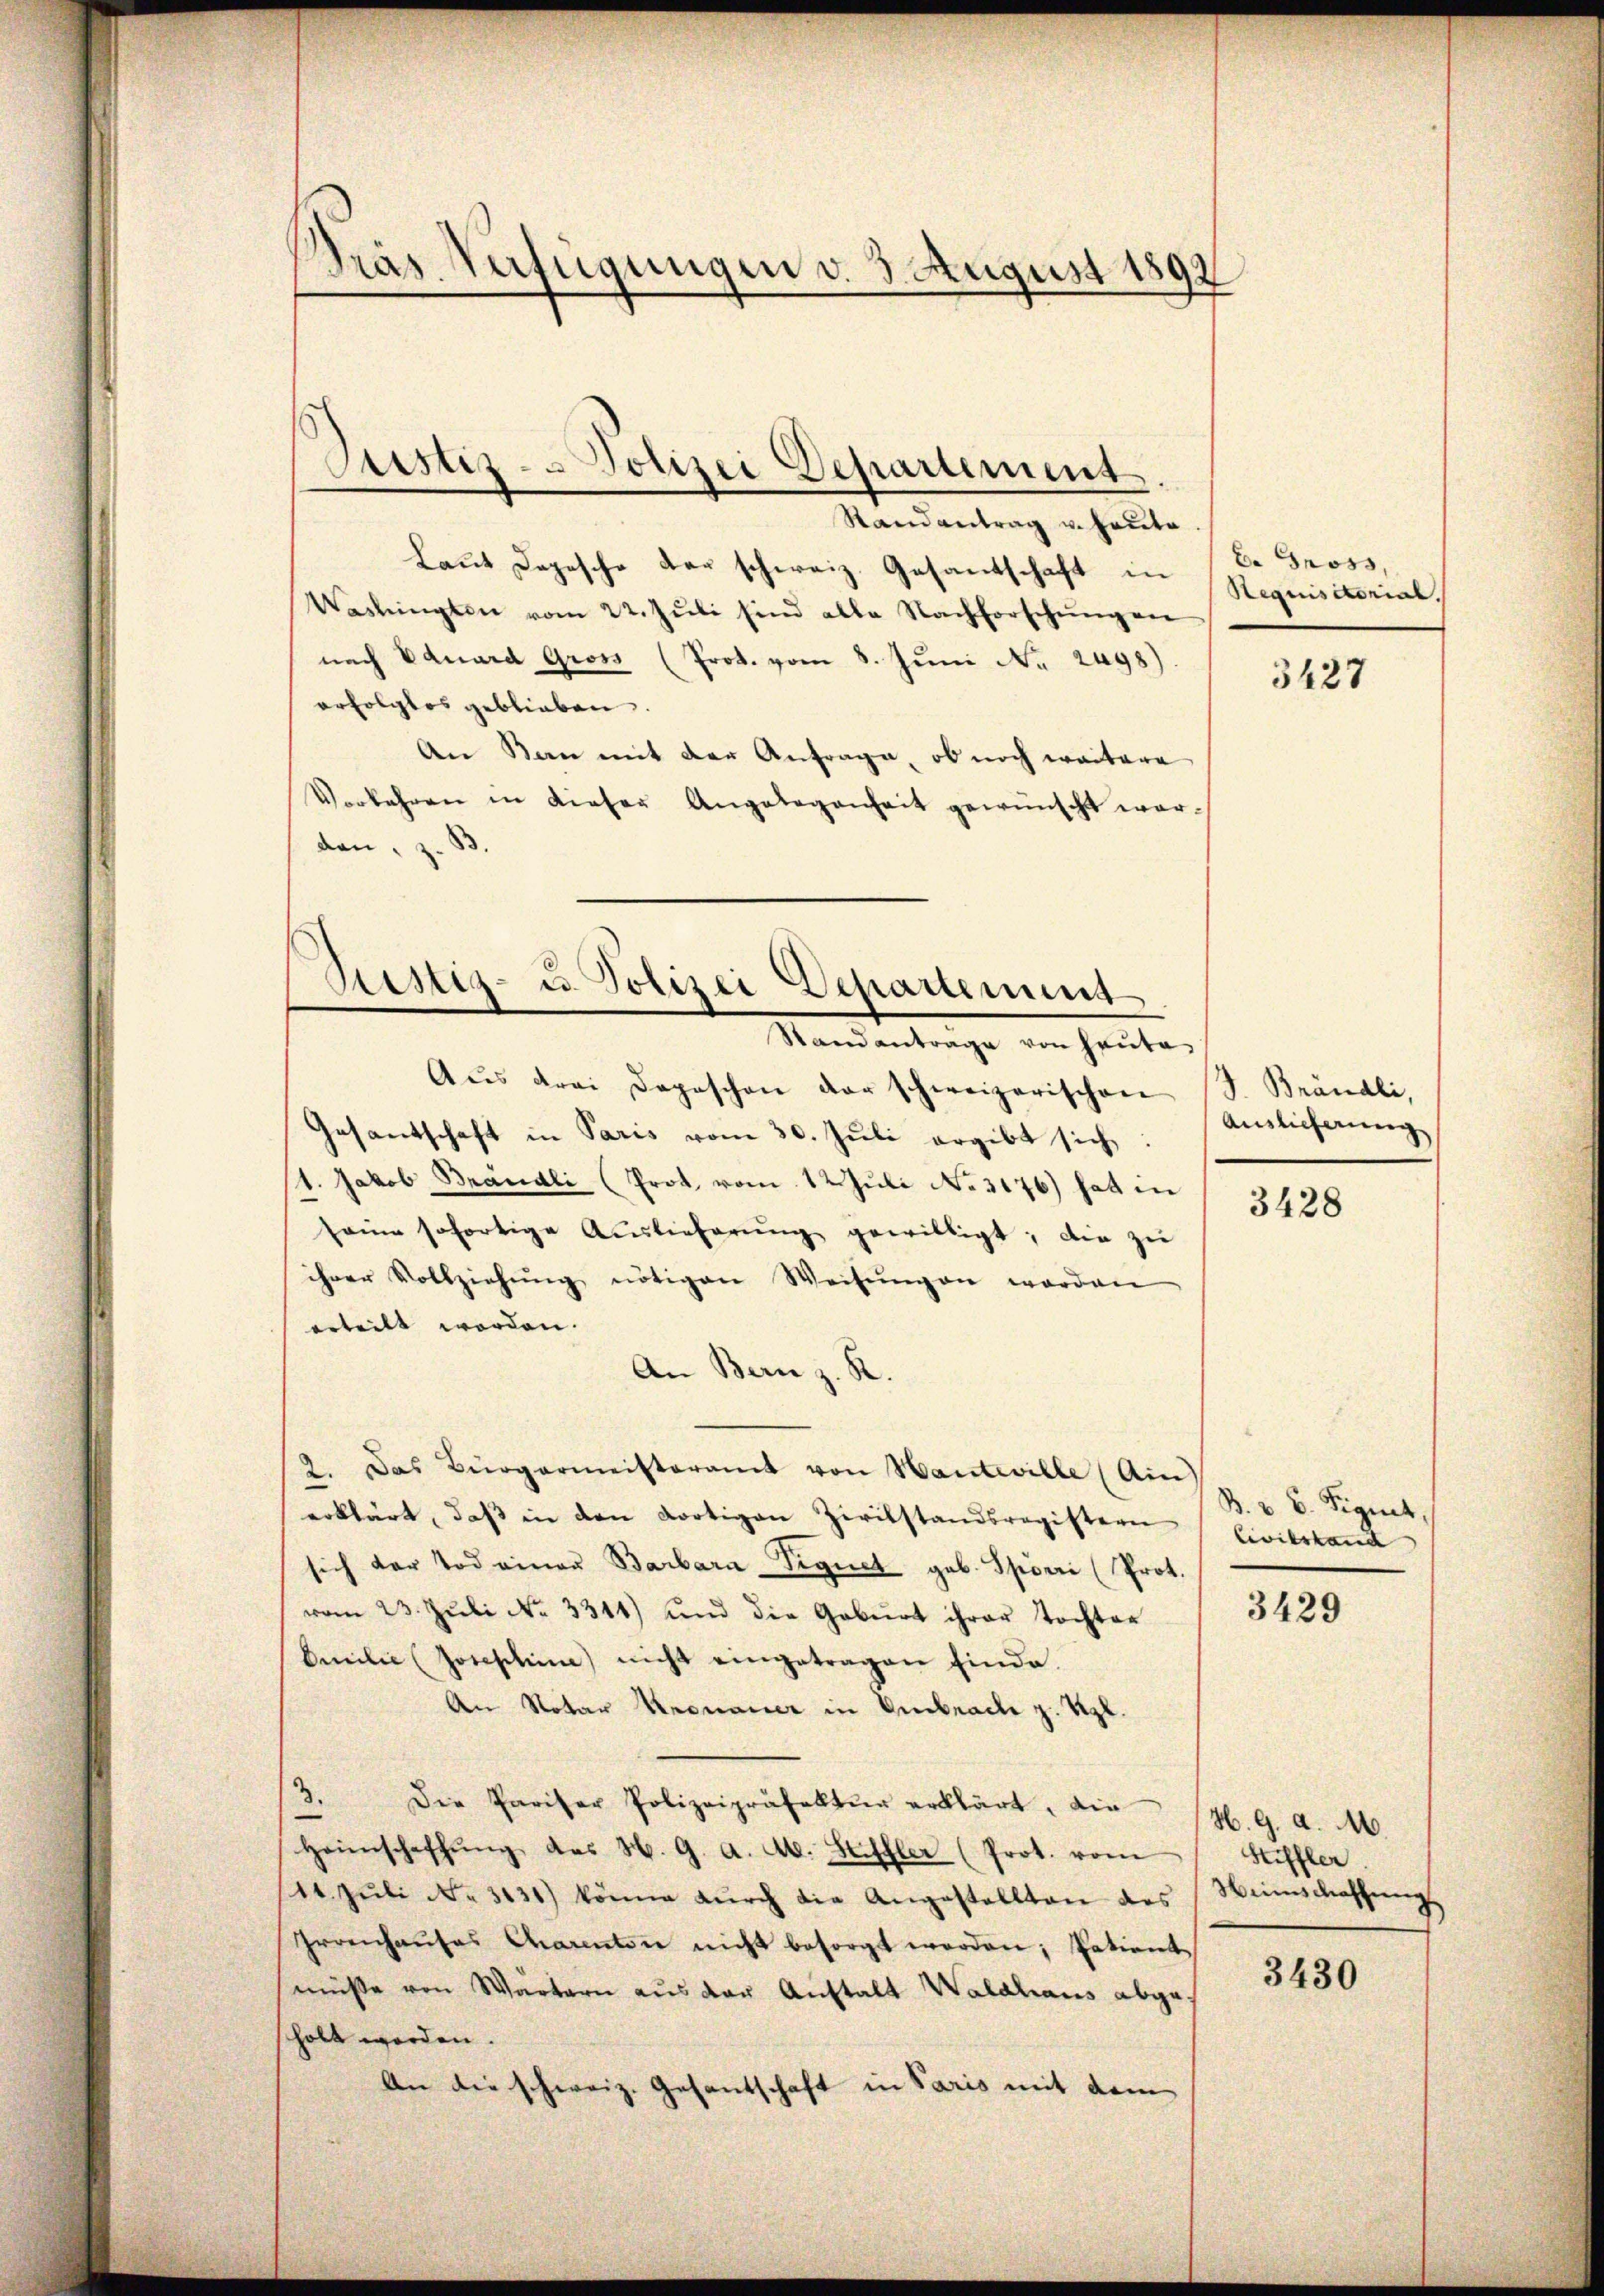
Präs Verfügungen v. 3. August 1892

Randantrag u. heute
Laut Depesche der schweiz. Gesantschaft in
Washingten vom 22. Jŭli sind alle Nachforschŭngen
nach Eduard Gross (Prot. vom 8. Jŭni Nr. 2498).
erfolglos geblieben.
An Bon mit der Anfrage, ob noch weitere
Vorkehren in dieser Angelegenheit gewünscht worden, z. B

Justiz- & Polizei Departement

Restiz- u. Polizei Departement
Standantrage von heute

Aŭs drei Depeschen der schweizerischen (S. Brändli,
Gesandschaft in Paris vom 30. Juli ergibt sich
1. Jakob Brändli (Prot vom 12. Juli No 3176) hat in
seine sofortige Auslieferŭng gewilligt; die zu
ihrer Vollziehŭng nötigen Weisŭngen worden
erteilt worden. |
An Bern z. R.
2. Das Bürgermeisteramt von Hanteville (Ain)
erklärt, daβ in den dortigen Zivilstandsregistern
sich der Tod einer Barbara-Vignet geb. Spörri (Prot.
vom 23. Jŭli No 3311) und die Geburt ihrer Tochter
Emilie (Joceschin nicht eingetragen finde.
An Notar Kronauer in Embrache z. Szl.
3. Die Pariser Polizeipräfektŭr erklärt, die (H. 9. d. M.
Heimschaffŭng des H. G. a. Ab. Hilfler (Prot. vom
14. Jŭli No 3131) könne dŭrch die Angestellten des Weinschaffŭng
Irrenhaŭses Charenton nicht besorgt werden; Patient
müsse von Wärtern aŭs der Anstalt Waldhaus abge-
scholt worden.
An die schweiz. Gesantschaft in Paris mit dem

E. Gross,
Requisitorial.

3427

Auslieferung

3428

B. v. 6. Signet,
Civilstand

3429

Stiffler.

3430